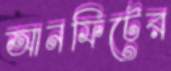
আনফিটের